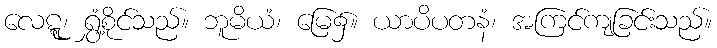
လေဋ္ဋု၊ ရွှံ့စိုင်သည်။ ဘူမိယံ၊ မြေ၌။ ယာပိပတနံ၊ အကြင်ကျခြင်းသည်။